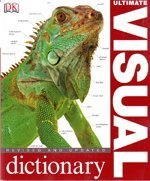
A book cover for Ultimate Visual Dictionary; DK Publishers; Reference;